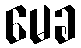
မေခ